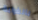
بالغرابة